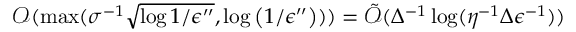
\mathcal { O } ( \operatorname* { m a x } ( \sigma ^ { - 1 } \sqrt { \log { 1 / \epsilon ^ { \prime \prime } } } , \log \left( 1 / \epsilon ^ { \prime \prime } \right) ) ) = \tilde { \mathcal { O } } ( \Delta ^ { - 1 } \log ( \eta ^ { - 1 } \Delta \epsilon ^ { - 1 } ) )